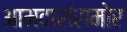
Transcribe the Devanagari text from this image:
आमदारांसमोर